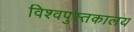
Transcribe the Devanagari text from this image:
विश्वपुस्तकालय